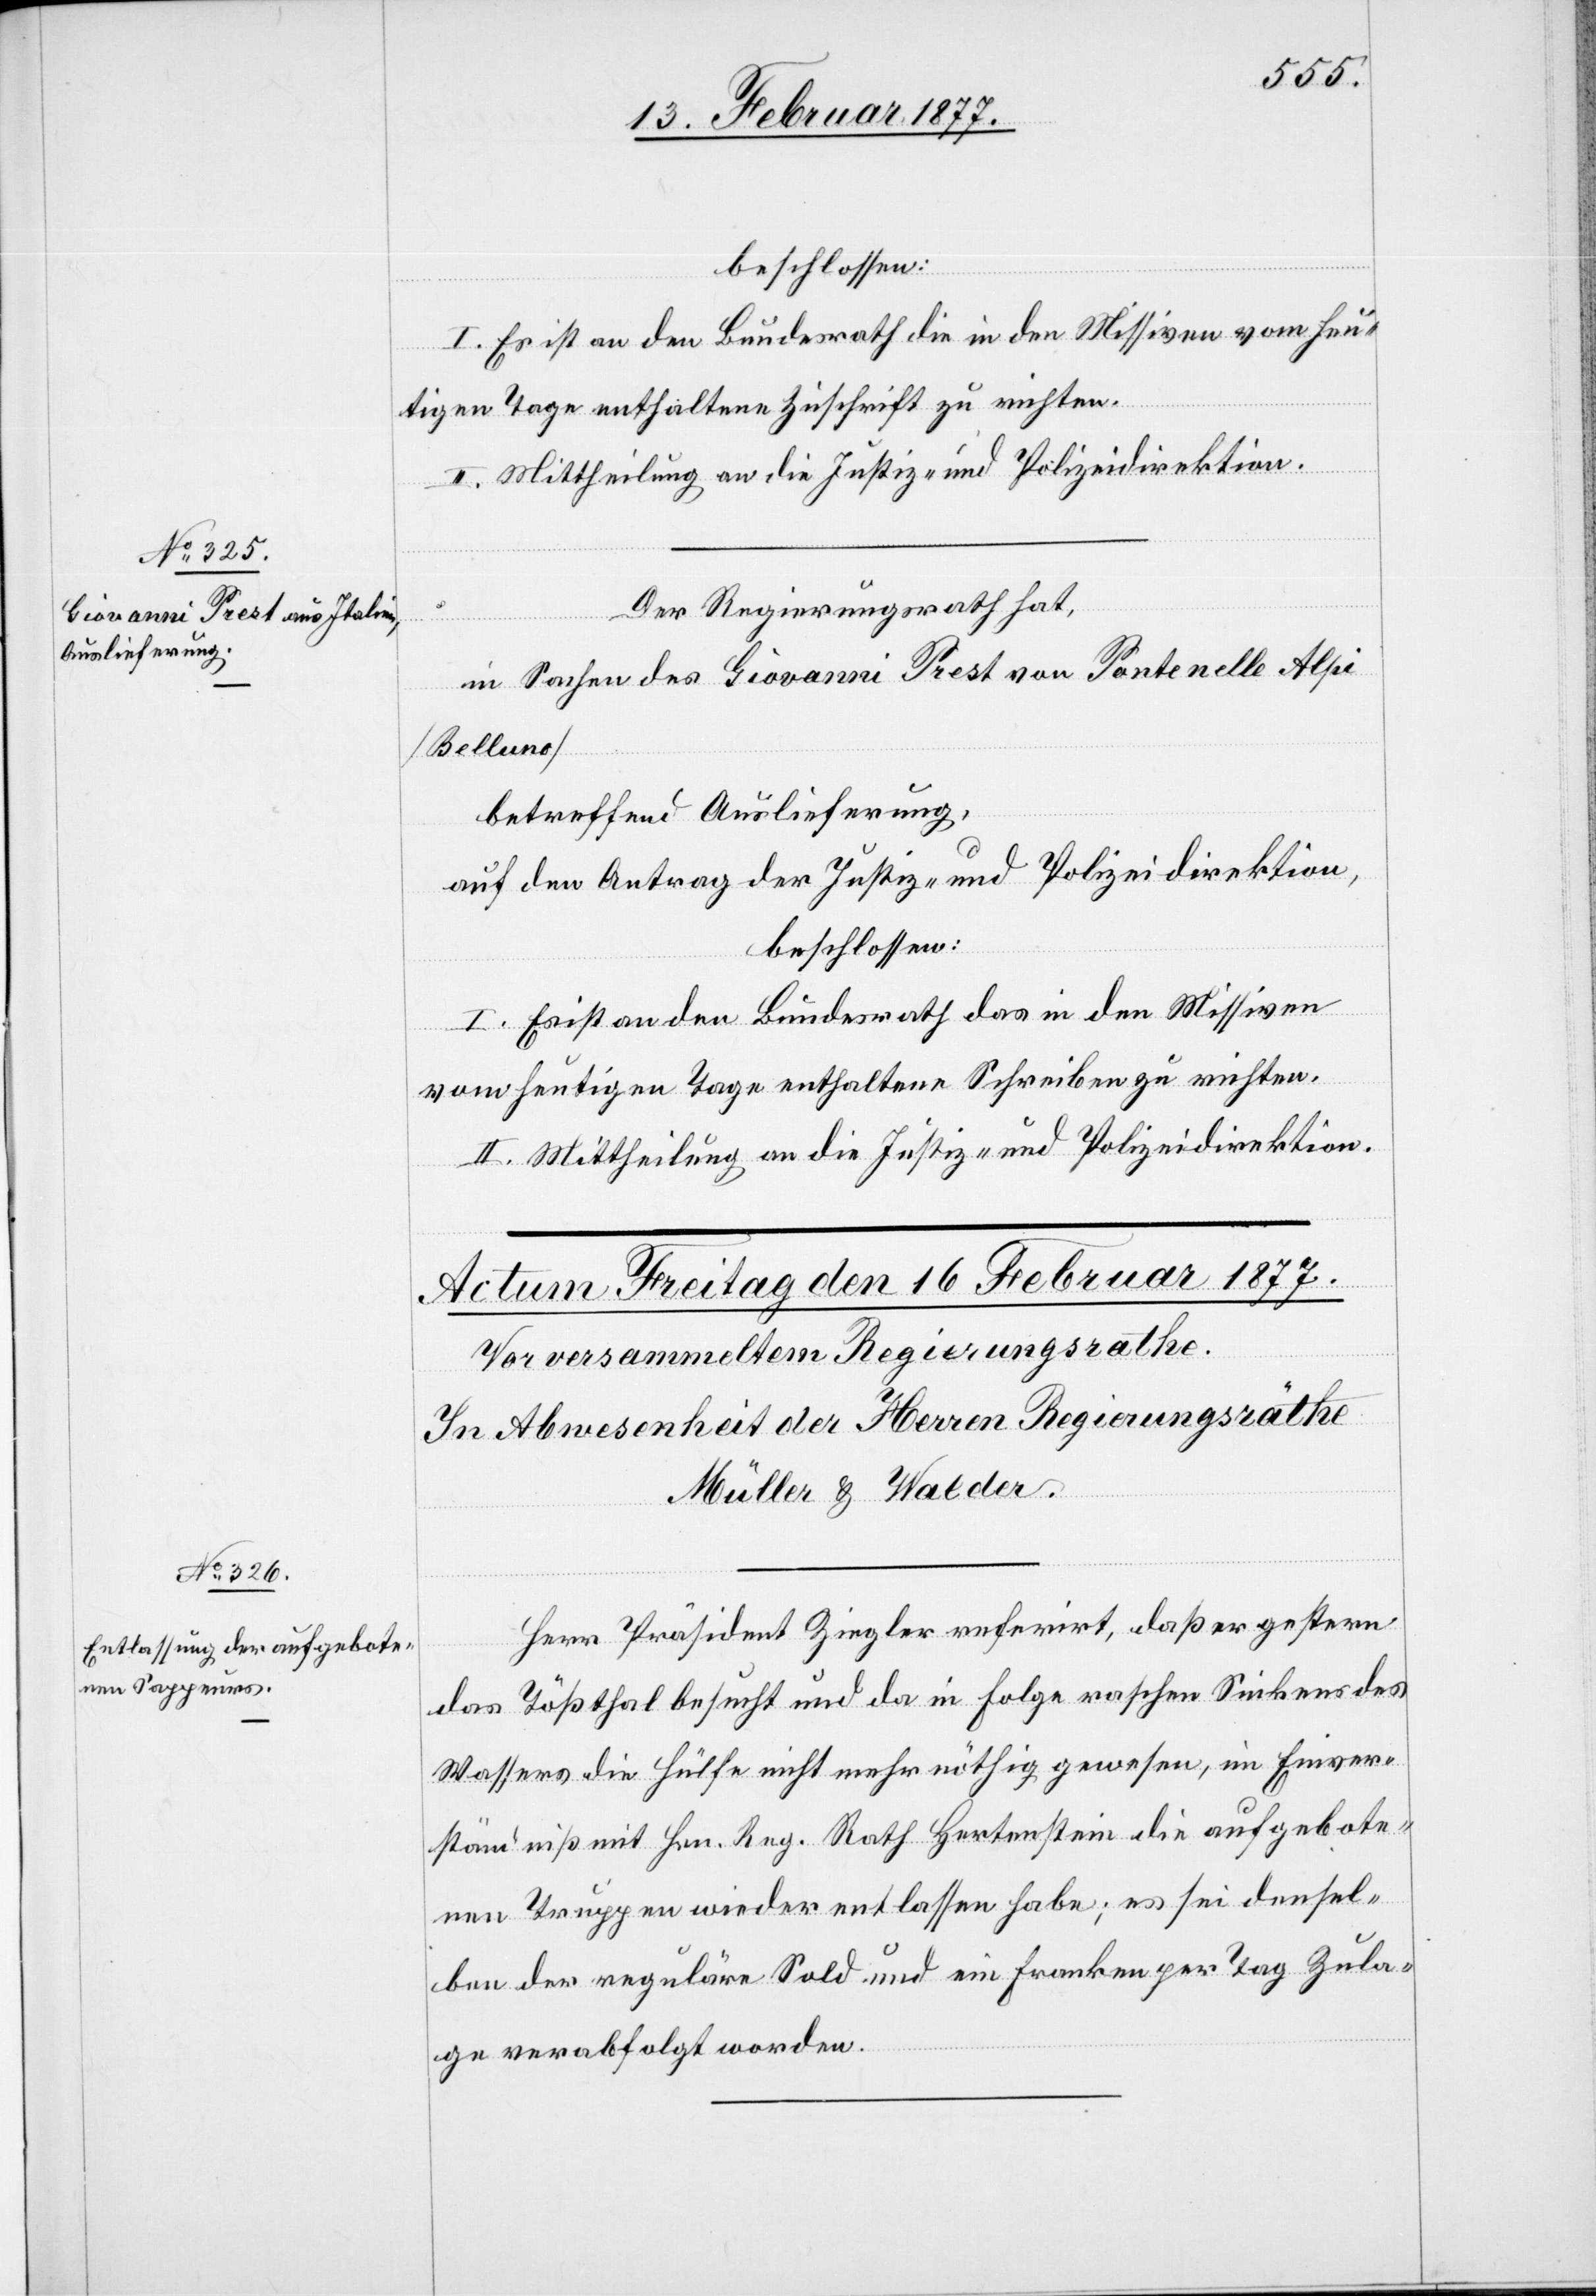
15. Februar 1877.]
beschlossen:
I. Es ist an den Bundesrath die in den Missiven vom heu¬
tigen Tage enthaltene Zuschrift zu richten.
Der Regierungsrath hat,
in Sachen des Giovanni Prest von Pontenelle Alpi
[Belluno]
betreffend Auslieferung,
auf den Antrag der Justiz- und Polizeidirektion,
beschlossen:
I. Es ist an den Bundesrath das in den Missiven
vom heutigen Tage enthaltene Schreiben zu richten.
II. Mittheilung an die Justiz- und Polizeidirektion.
Herr Präsident Ziegler referirt, daß er gestern
das Tößthal besucht und da in Folge raschen Sinkens des
Wassers die Hülfe nicht mehr nöthig gewesen, im Einver¬
ständniß mit Hrn. Reg. Rath Hertenstein die aufgebote¬
nen Truppen wieder entlassen habe; es sei densel¬
ben der reguläre Sold und ein Franken per Tag Zula¬
ge verabfolgt worden.